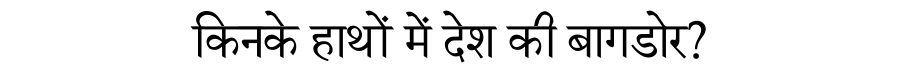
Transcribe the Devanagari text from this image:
किनके हाथों में देश की बागडोर?